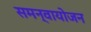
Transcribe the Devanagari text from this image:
समन्वायोजन